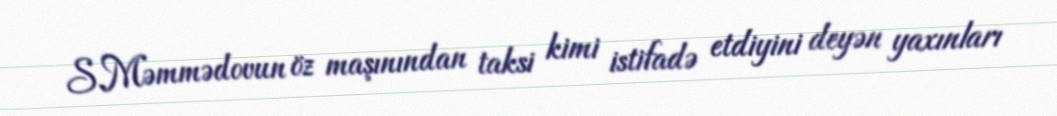
S.Məmmədovun öz maşınından taksi kimi istifadə etdiyini deyən yaxınları